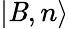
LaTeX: |\mathit{B},n\rangle